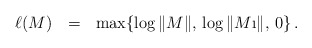
\begin{align*} \ell(M) \ \ = \ \ \max\{\log \|M\|,\, \log \| M\i\|,\, 0\}\,.\end{align*}